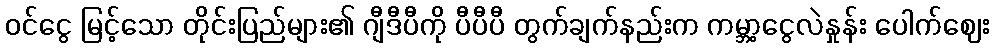
ဝင်ငွေ မြင့်သော တိုင်းပြည်များ၏ ဂျီဒီပီကို ပီပီပီ တွက်ချက်နည်းက ကမ္ဘာ့ငွေလဲနှုန်း ပေါက်ဈေး